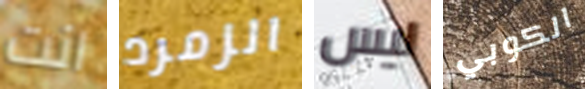
انت الزمرد ليس الكوبي